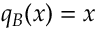
q _ { B } ( x ) = x